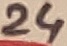
Text: 24